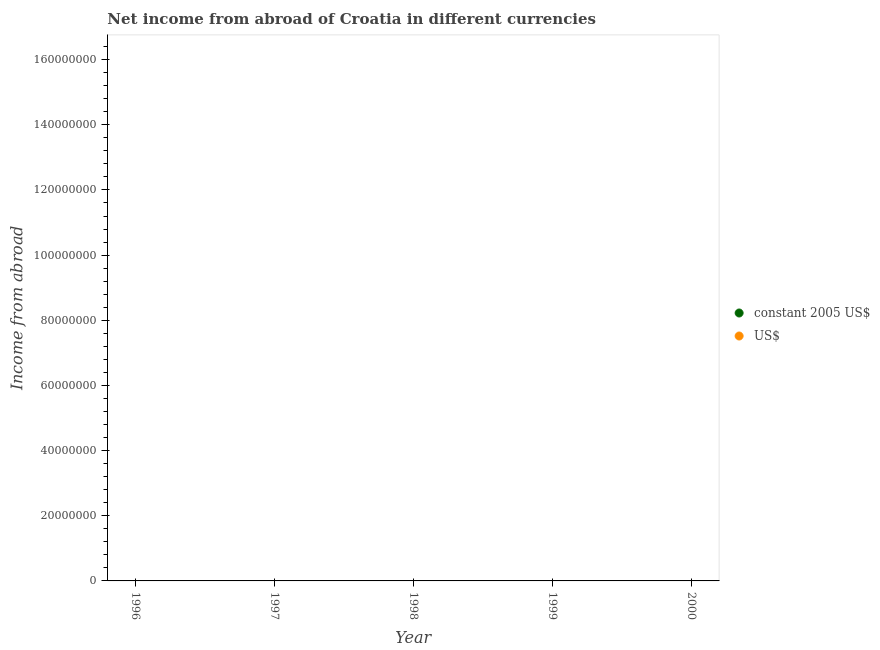
| Year | constant 2005 US$ | US$ |
 | --- | --- | --- |
 | 1996 | -3.93e+08 | -7.23e+07 |
 | 1997 | -2.95e+07 | -4.78e+06 |
 | 1998 | -1.04e+09 | -1.64e+08 |
 | 1999 | -3.45e+09 | -4.85e+08 |
 | 2000 | -3.36e+09 | -4.06e+08 |